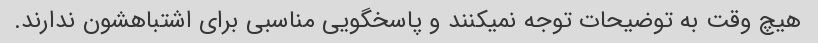
هیچ وقت به توضیحات توجه نمیکنند و پاسخگویی مناسبی برای اشتباهشون ندارند.